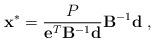
LaTeX: \begin{align*}\mathbf{x}^{*}=\frac{P}{\mathbf{e}^T\mathbf{B}^{-1}\mathbf{d}}\mathbf{B}^{-1}\mathbf{d}\;,\end{align*}